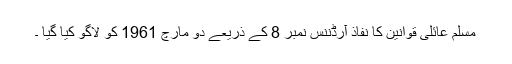
مسلم عائلی قوانین کا نفاذ آرڈننس نمبر 8 کے ذریعے دو مارچ 1961 کو لاگو کیا گیا ۔